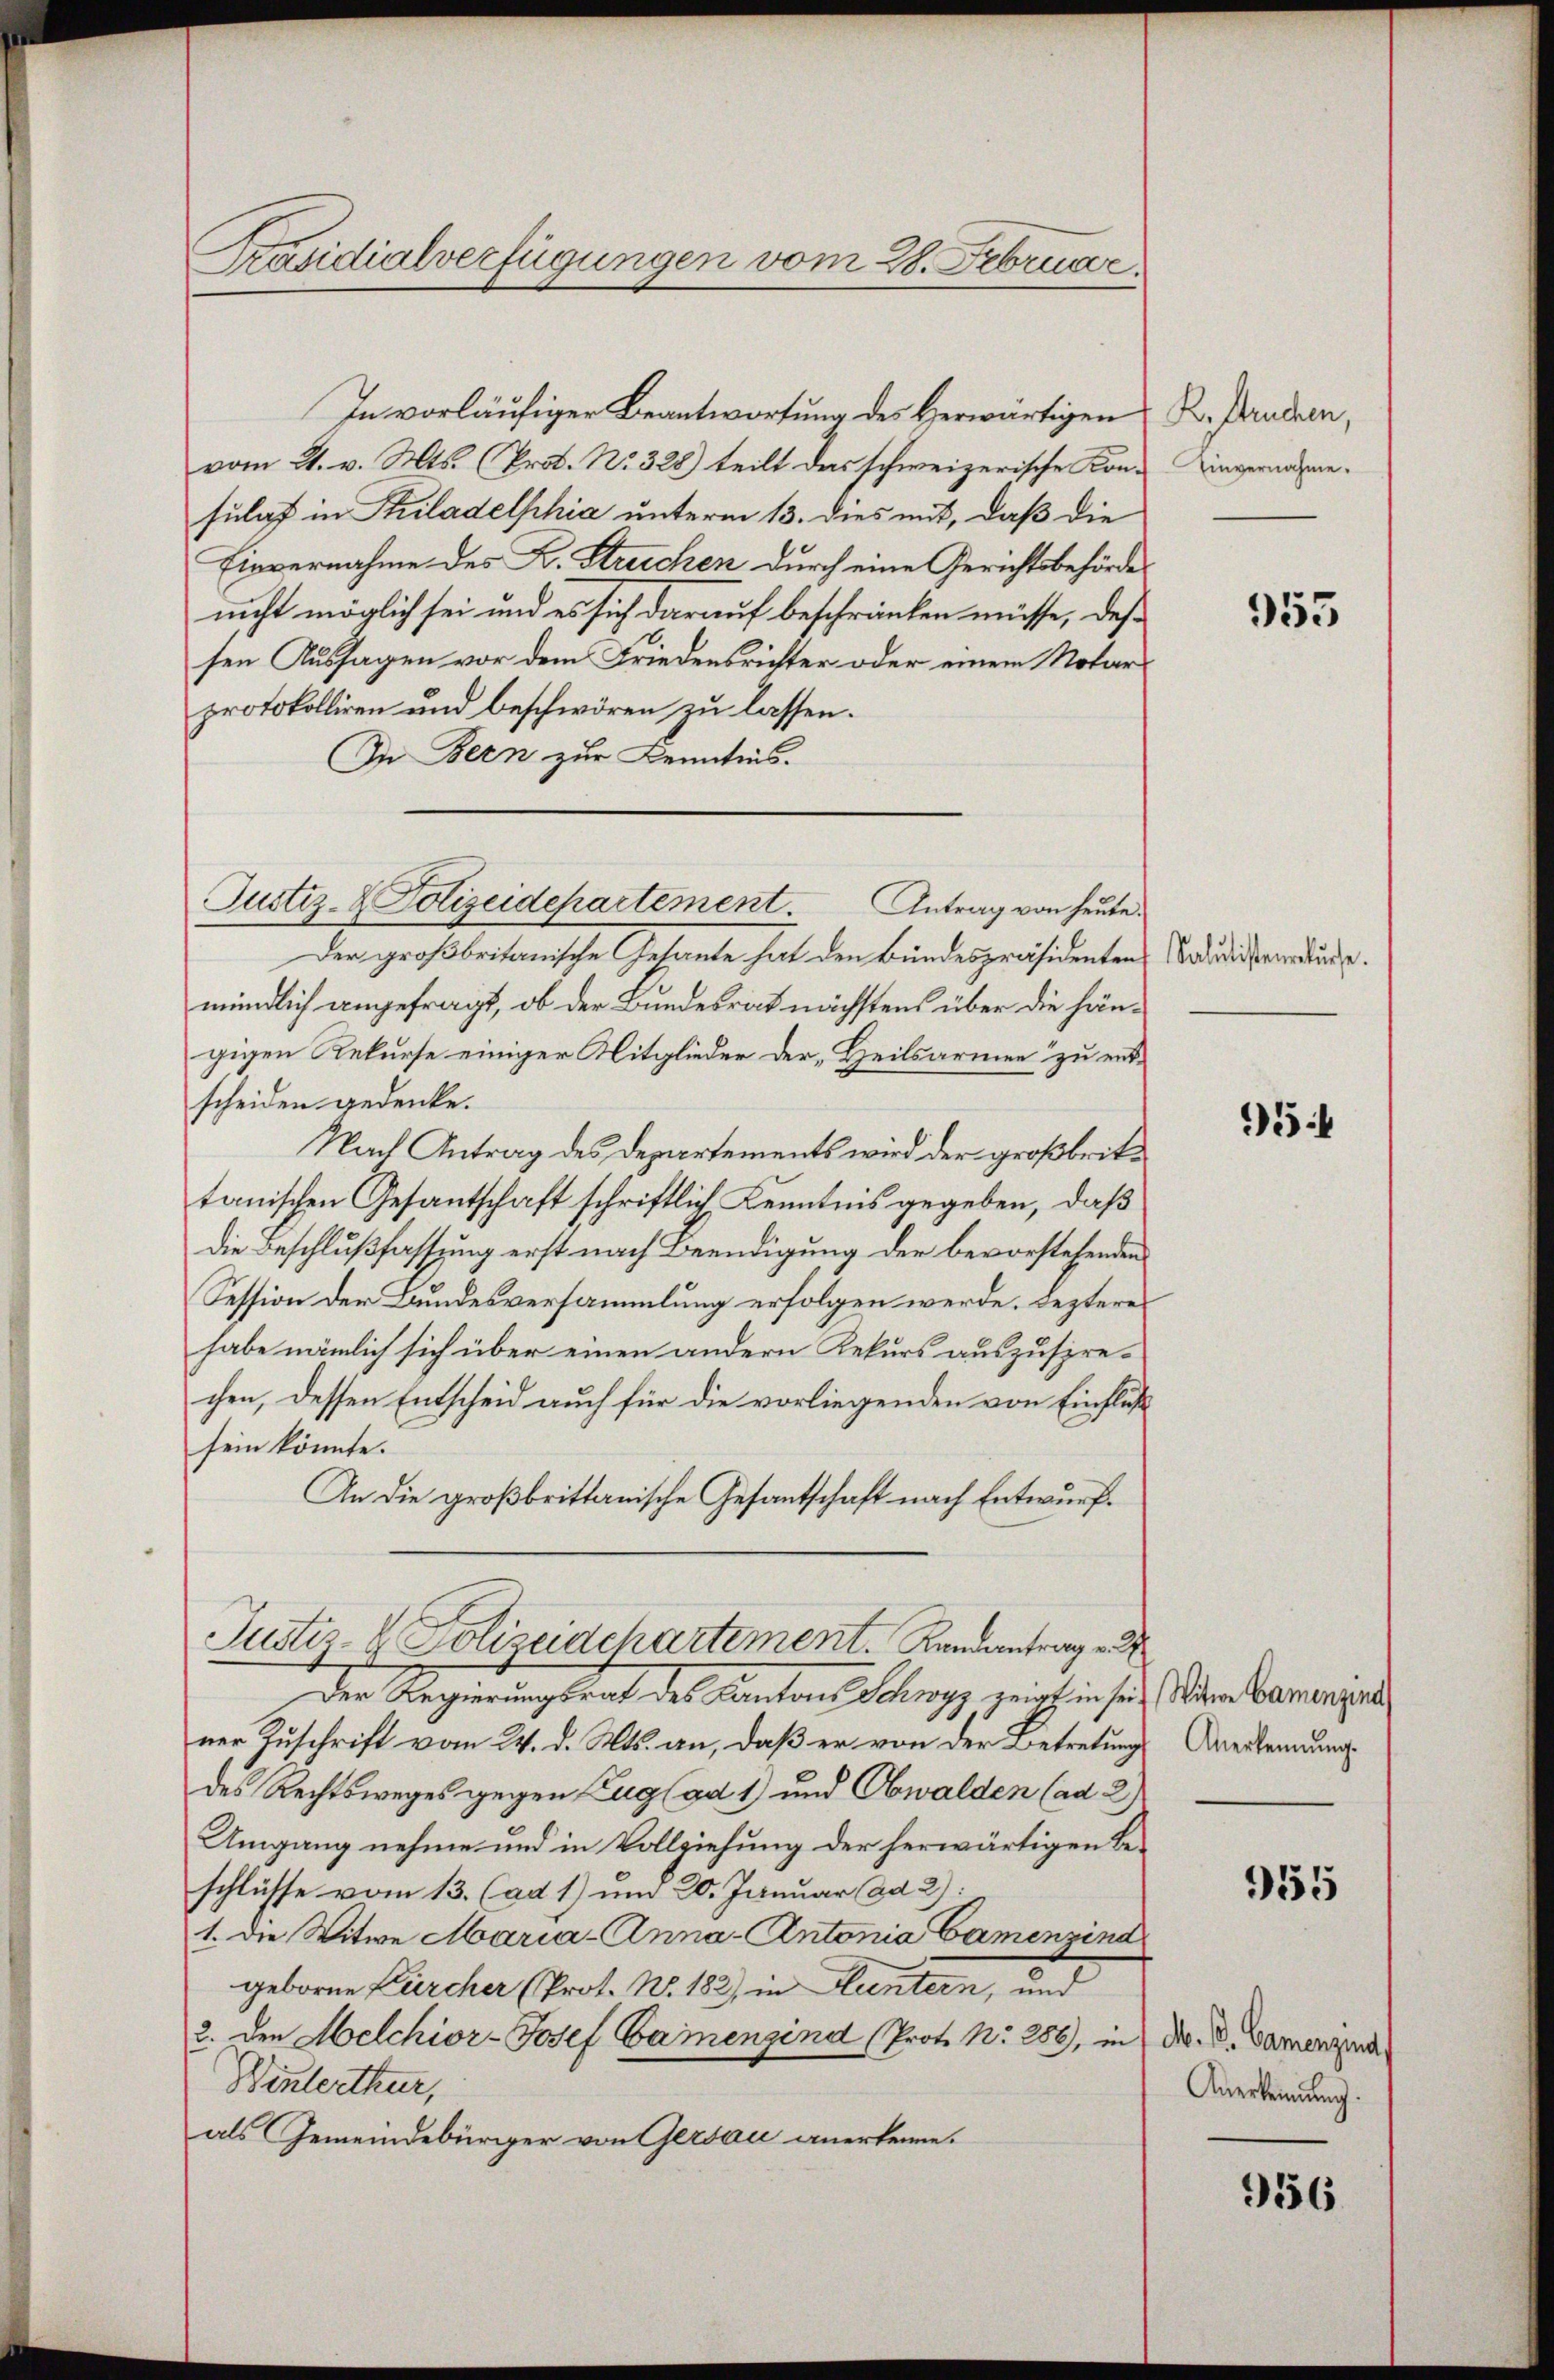
Präsidialverfügungen vom 28. Februar.

Justiz- & Polizeidepartement. Antrag von heute.

In vorläufiger Beantwortung des herwärtigen K. Panden,
vom 21. v. Mts. (Prot. No. 328) teilt das schweizerische Konsulat in Piladelphia unterm 13. dies mit, daß die
Einvernahme des K. Struchen durch eine Gerichtsbehörde
nicht möglich sei und es sich darauf beschränken müsse, des
sen Aussagen vor dem Friedensrichter oder einem Notar
protokolliren und beschwören zu lassen.
In Bern zur Kenntnis.
Der großbritanische Gesante hat den Bundespräsidentens Badidierendunge.
mündlich angefragt, ob der Bundesrat nächstens über die hängigen Rekurse einiger Mitglieder der „Heilsarmen zu entscheiden gedenke.
Nach Antrag des Departements wird der großbrittanischen Gesantschaft schriftlich Kenntnis gegeben, daß
die Beschlußfassung erst nach Beendigung der bevorstehenden
Session der Bundesversammlung erfolgen werde. Lezteres
habe nämlich sich über einen andern Rekurs auszusprechen, dessen Entscheid auch für die vorliegenden von Einfluß
sein könnte.
An die großbrittanische Gesantschaft nach Entwurf.
Justiz- & Polizeidchartement. Landantrage
Der Regierungsrat des Kantons Schwyz zeigt in sein Wien Camenzin
ner Zuschrift vom 24. d. Mts. an, daß er von der Betretung
des Rechtsweges gegen Zug (ad 1) und Obwalden (ad 2)
Umgang nehme und in Vollziehung der herwärtigen Beschlüsse vom 13. (ad 1) um 20. Januar ad 2)
1. Die Witwe Maria-Anna - Antonia Camenzind
geboren Fürcher (Prot. No. 182) in Fluntern, und
2. den Melchior-Josef Vamenzind (Prot. N. 286, in Dr. D. Damenzun
Winterthur,
als Gemeindebürger von Gersau anerkenne.

Einvernahme.

955

5

Anerkennung.

955

Anerkennung.

956